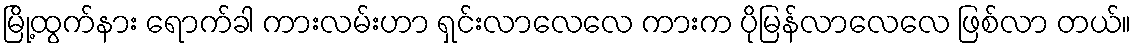
မြို့ထွက်နား ရောက်ခါ ကားလမ်းဟာ ရှင်းလာလေလေ ကားက ပိုမြန်လာလေလေ ဖြစ်လာ တယ်။